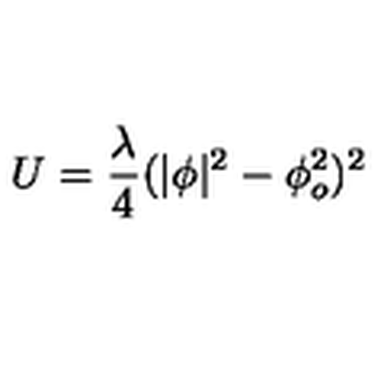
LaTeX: U = \frac { \lambda } { 4 } ( | \phi | ^ { 2 } - \phi _ { o } ^ { 2 } ) ^ { 2 }